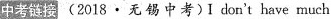
中考链接(2018·无 锡中考)I don't have much